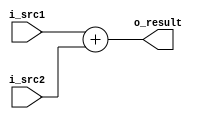
module adder(o_result, i_src1, i_src2);

  parameter data_size = 32;

  input  [data_size-1:0]i_src1;
  input  [data_size-1:0]i_src2;

  output [data_size-1:0]o_result;
  reg    [data_size-1:0]o_result;

  always @ (*) begin
    o_result = i_src1 + i_src2;
  end

endmodule